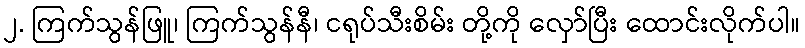
၂. ကြက်သွန်ဖြူ၊ ကြက်သွန်နီ၊ ငရုပ်သီးစိမ်း တို့ကို လှော်ပြီး ထောင်းလိုက်ပါ။